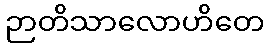
ဉာတိသာလောဟိတေ